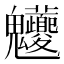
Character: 𩵊